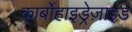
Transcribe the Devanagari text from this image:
कार्बोहाइड्रेज़ाइड